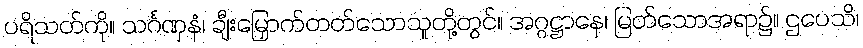
ပရိသတ်ကို။ သင်္ဂဏှနံ၊ ချီးမြှောက်တတ်သောသူတို့တွင်။ အဂ္ဂဋ္ဌာနေ၊ မြတ်သောအရာ၌။ ဌပေသိ၊